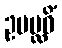
ဥပပ္လဝိံ